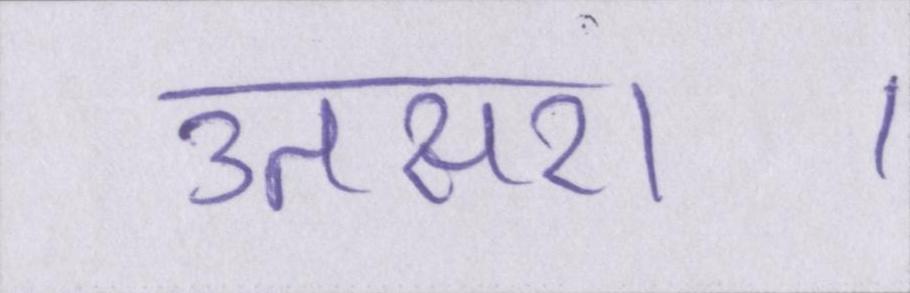
उतसरा।